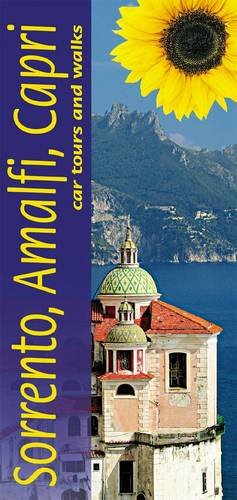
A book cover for Sorrento, Amalfi Coast & Capri: Car Tours and Walks (Sunflower Landscapes); Julian Tippett; Travel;